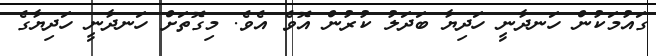
ގައުމަކުން ހަނދާނީ ހަދިޔާ ބަދަލު ކުރުން އޮވެ އެވެ. މިގޮތަށް ހަނދާނީ ހަދިޔާގެ